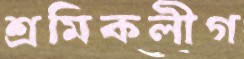
শ্রমিকলীগ